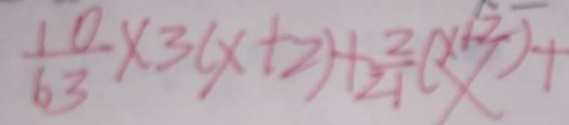
\frac { 1 0 } { 6 3 } \times 3 ( x + 2 ) + \frac { 2 } { 2 1 } ( x + 2 ) +